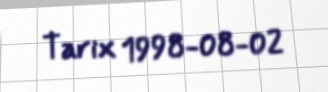
Tarix 1998-08-02